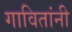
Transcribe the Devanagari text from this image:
गावितांनी